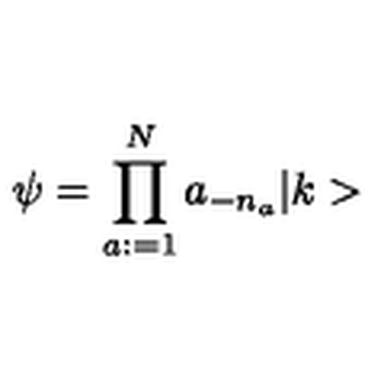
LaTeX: \psi = \prod _ { a : = 1 } ^ { N } a _ { - n _ { a } } \vert k >